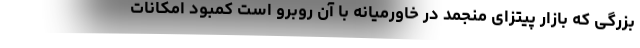
بزرگی که بازار پیتزای منجمد در خاورمیانه با آن روبرو است کمبود امکانات